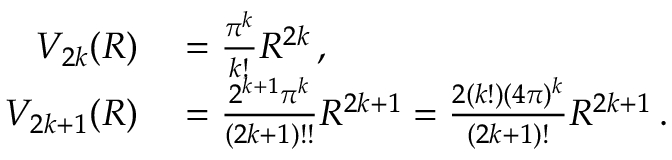
\begin{array} { r l } { V _ { 2 k } ( R ) } & { { } = { \frac { \pi ^ { k } } { k ! } } R ^ { 2 k } \, , } \\ { V _ { 2 k + 1 } ( R ) } & { { } = { \frac { 2 ^ { k + 1 } \pi ^ { k } } { ( 2 k + 1 ) ! ! } } R ^ { 2 k + 1 } = { \frac { 2 ( k ! ) ( 4 \pi ) ^ { k } } { ( 2 k + 1 ) ! } } R ^ { 2 k + 1 } \, . } \end{array}